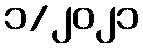
၁/၂၀၂၁